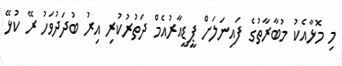
މި މޮޅާއެކު މުބާރާތުގެ ފައިނަލަށް ޕީޑީއާރުއެމް ދަތުރުކުރި އިރު ބުދަދުވަހު ރޭ ކުޅޭ